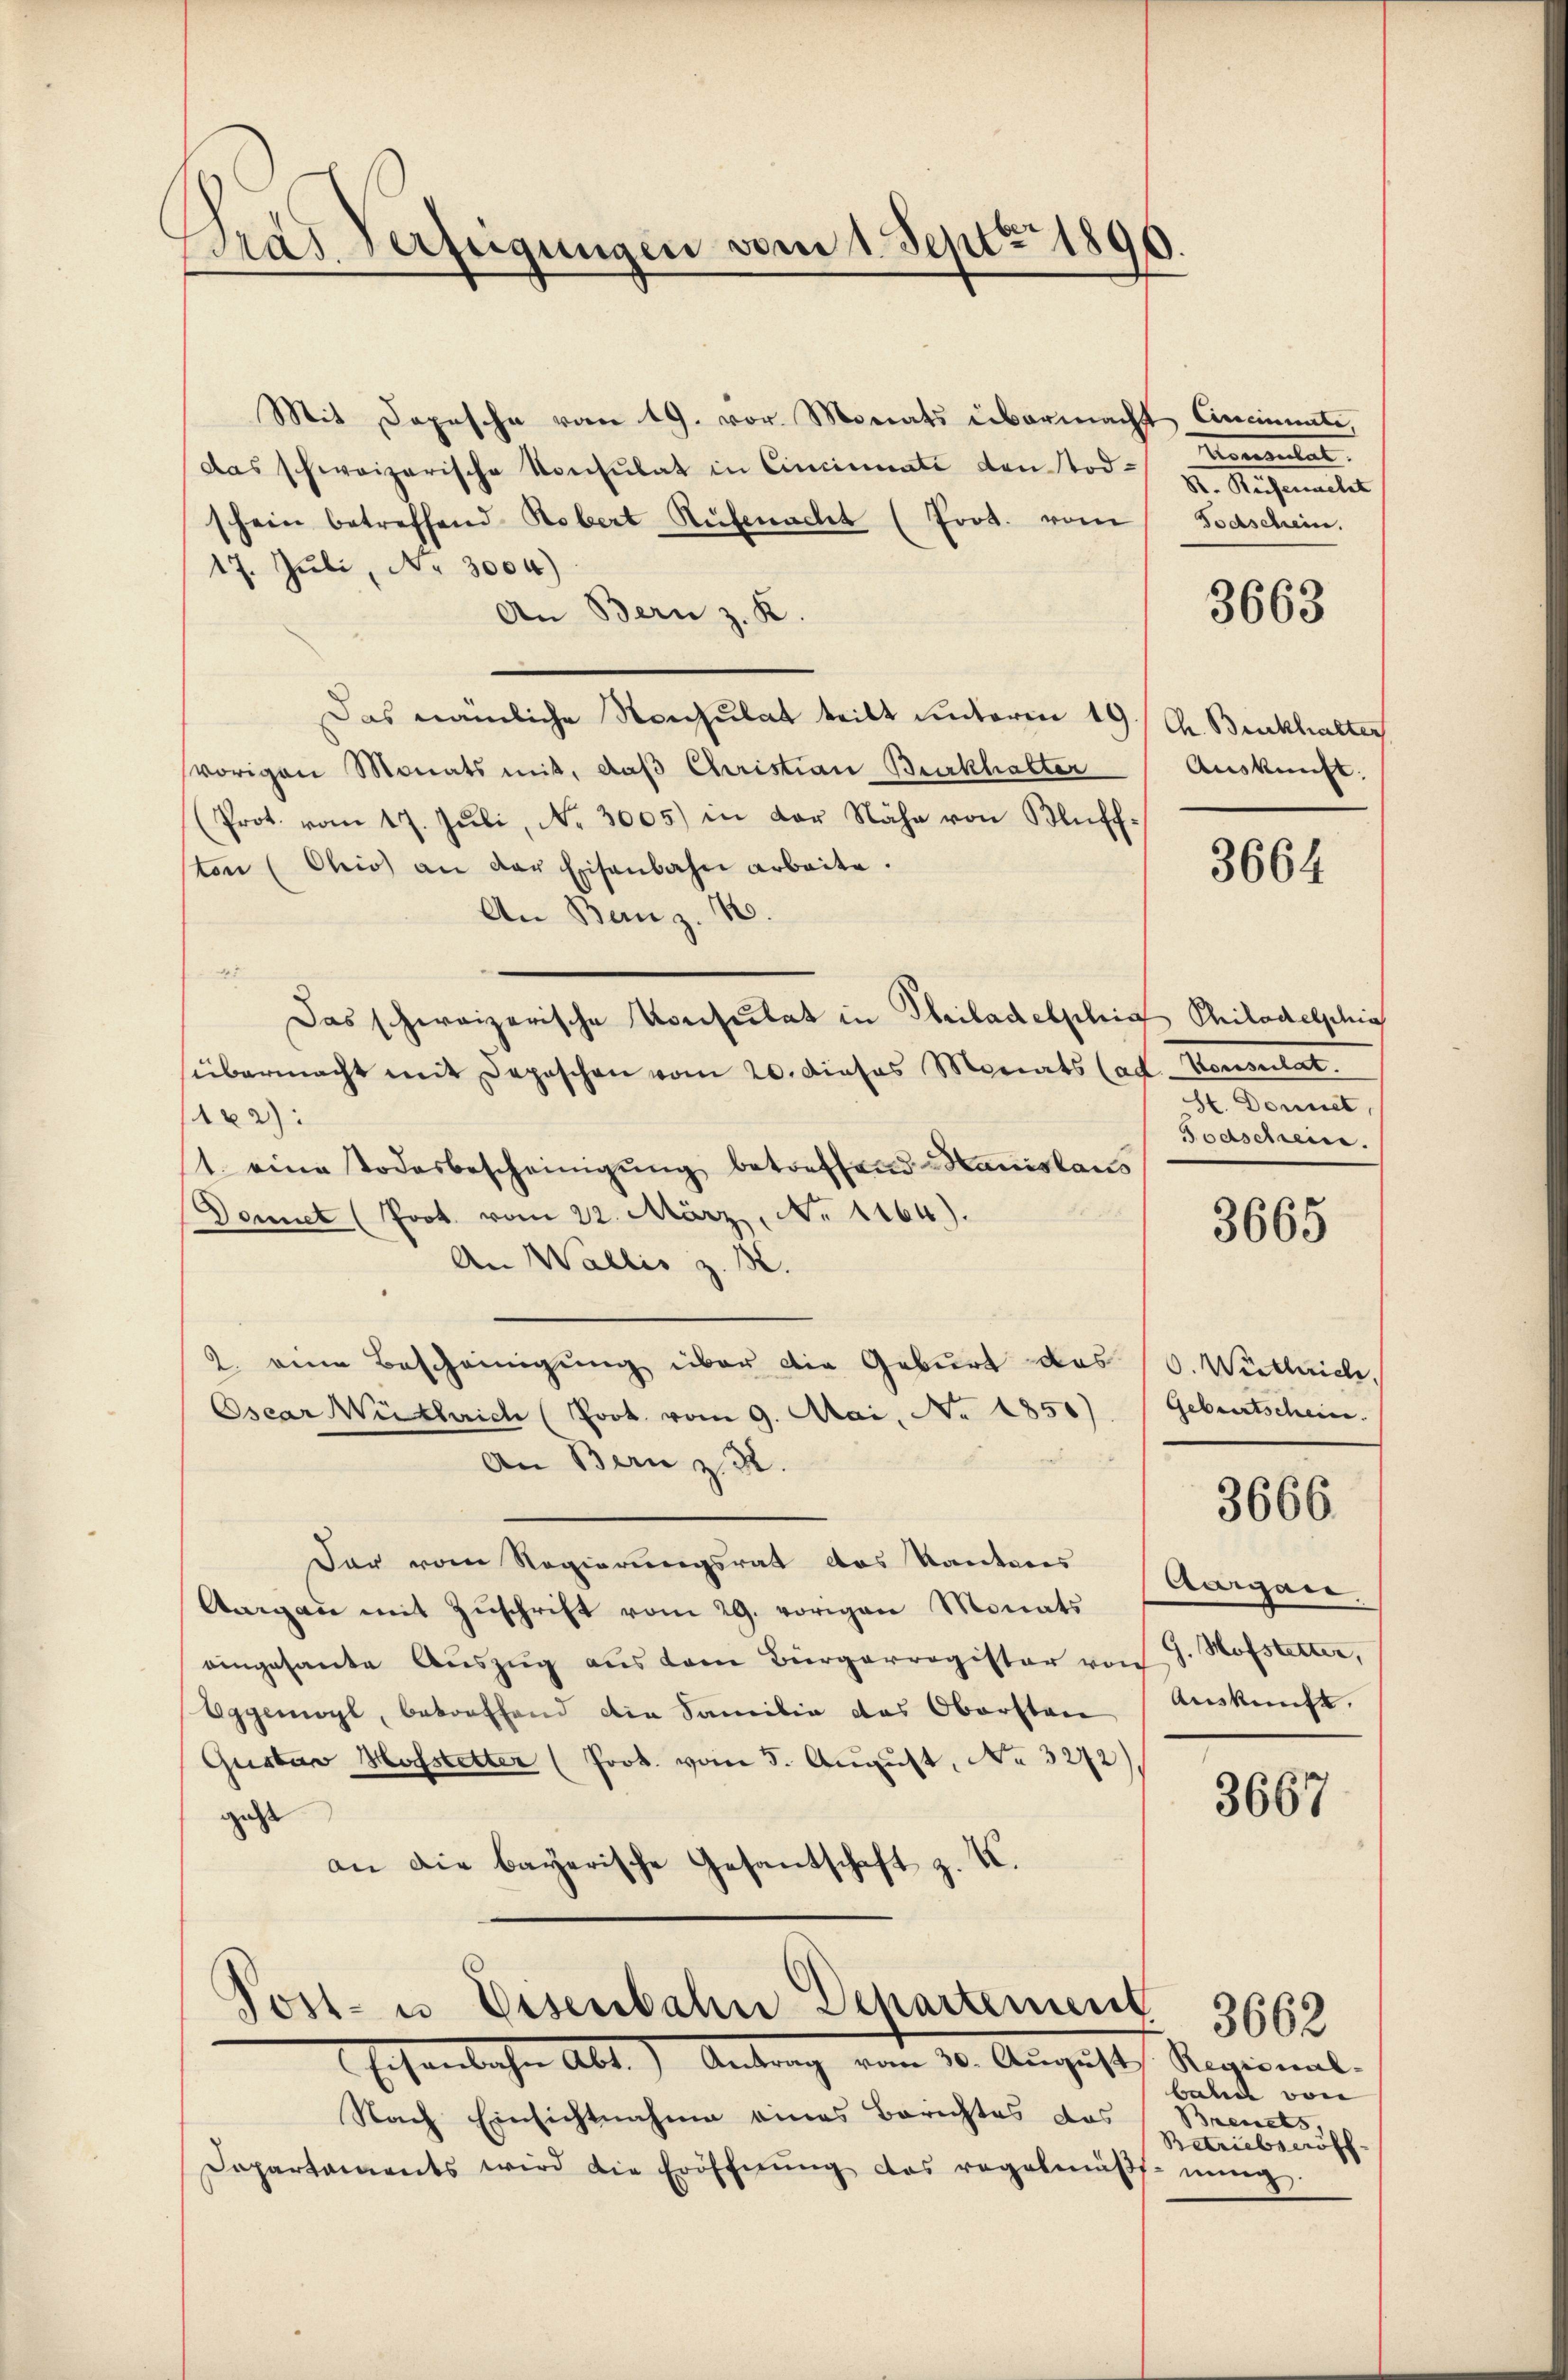
Gras Verfügungen vom 1. Sept. 1890.

Mit Depesche vom 19. vor Monats übermacht Cincimnate
das schweizerische Konsulat in Cincinati den Todschein betreffend Robert Rüfenacht (Prot. vom
17. Juli, N. 3004)
An Bern z. K.
Das nämliche Konsulat teilt unterm 19. Ch. Burkhalter
vorigen Monats mit, daß Christian Burkhalter
(Prot. vom 17. Jŭli, N. 3005) in der Nähe von Blüff-
ston (Chio) an der Eisenbahn arbeite.
An Benz. B.
1
Das schweizerische Konsulat in Philadelphis Philadelphia
übermacht mit Depeschen vom 20. dieses Monats (ad. Konsulat.
182):
t. eine Todesbescheinigŭng betreffend Hanislaus
Donnet (Prot. vom 22. März, No 1164).
An Wallis z. B.
2. eine Bescheinigŭng über die Geburt das 10. Wetlich,
Oscar Wüstrich (Prot. vom 9. Mai, No 1850)
An Bern z. R.
Der vom Regierungsrat des Kantons Aargare.
Aargau mit Zŭschrift vom 29. vorigen Monats
eingesante Auszug aus dem Bürgerregister von J. Hofstetter,
Oggemoyl, betreffend die Familie das Oberstan
Gustav Hofstetter (Prok. vom 5. August, No 3272)
geht
de
an die bayerische Gesantschaft z. K.

Post- u. Eisenbahn Departement
Ersönlichen Abt.) Antrag vom 20. August

Nach Einsichtnahme eines Berichtes das
Dapartaments wird die Eröffnŭng das regelmäβt. nŭng.

Merantel
R. Reisenacht
Todschein.

3663

Auskunft.

3664

St. Donnet,
Todschrein.

3665

Geburtscheine. |

3666.

Auskunft.

3667

Regional-
bahn von
Brents,
Betriebseröff-

3662